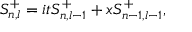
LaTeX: S _ { n , l } ^ { + } = i t S _ { n , l - 1 } ^ { + } + x S _ { n - 1 , l - 1 } ^ { + } ,